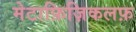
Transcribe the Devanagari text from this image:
मेटाफ़िज़िकलफ़